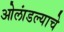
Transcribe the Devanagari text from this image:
ओलांडल्याचे